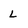
Character: L